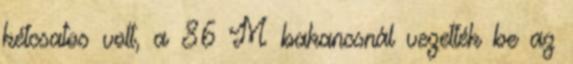
kétcsatos volt, a 86 M bakancsnál vezették be az